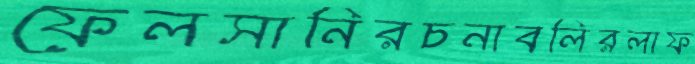
ফেলসানিরচনাবলিরলাফ